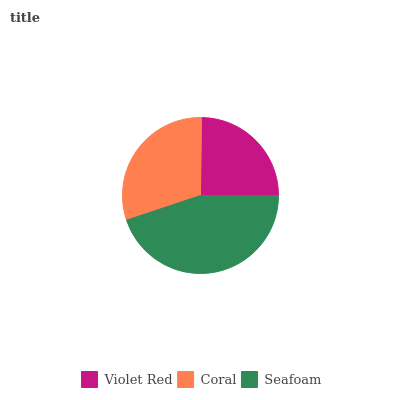
| Violet Red | Coral | Seafoam |
 | --- | --- | --- |
 | 24.8% | 30.4% | 44.8% |